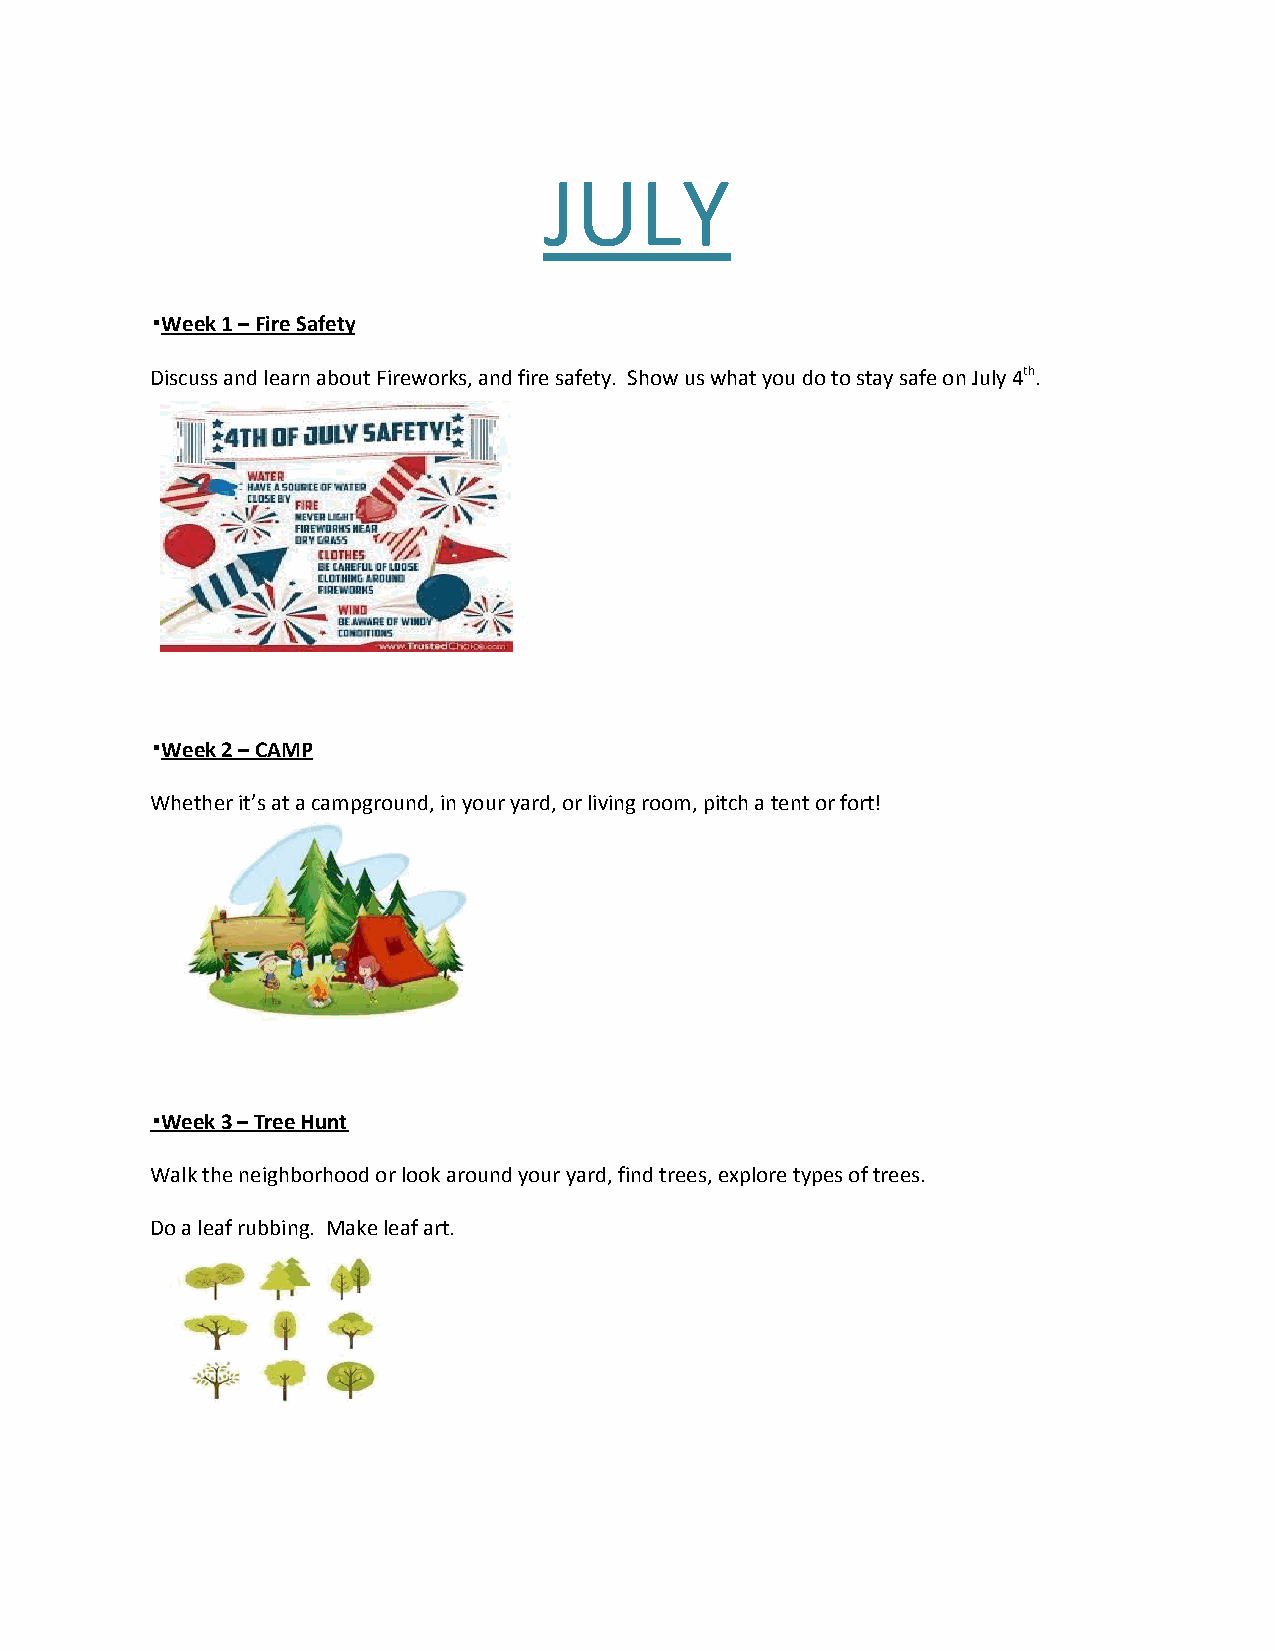
JULY
 ▪ Week 1 – Fire Safety
 Discuss and learn about Fireworks, and fire safety. Show us what you do to stay safe on July 4th ​.
 ​
 ▪ Week 2 – CAMP
 Whether it’s at a campground, in your yard, or living room, pitch a tent or fort!
 ▪ Week 3 – Tree Hunt
 Walk the neighborhood or look around your yard, find trees, explore types of trees.
 Do a leaf rubbing. Make leaf art.